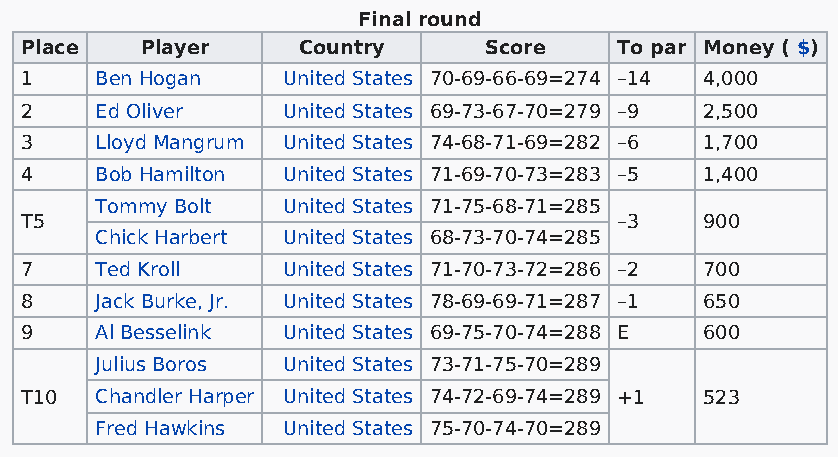
Final round
 Place   Player     Country     Score    To par Money ( $)
 1    Ben Hogan    United States 70-69-66-69=274 –14 4,000
 2    Ed Oliver    United States 69-73-67-70=279 –9 2,500
 3    Lloyd Mangrum United States 74-68-71-69=282 –6 1,700
 4    Bob Hamilton United States 71-69-70-73=283 –5 1,400
 Tommy Bolt   United States 71-75-68-71=285
 T5                                      –3    900
 Chick Harbert United States 68-73-70-74=285
 7    Ted Kroll    United States 71-70-73-72=286 –2 700
 8    Jack Burke, Jr. United States 78-69-69-71=287 –1 650
 9    Al Besselink United States 69-75-70-74=288 E 600
 Julius Boros United States 73-71-75-70=289
 T10  Chandler Harper United States 74-72-69-74=289 +1 523
 Fred Hawkins United States 75-70-74-70=289